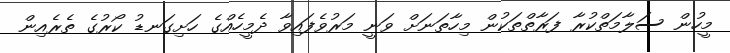
މީހުން ސަލާމަތްކުރާ ފަރާތްތަކުން މިހާތަނަށް ވަނީ މަރުވެފައިވާ ދެމީހެއްގެ ހަށިގަނޑު ކޯރުގެ ތެރެއިން